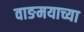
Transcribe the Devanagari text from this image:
वाङमयाच्या